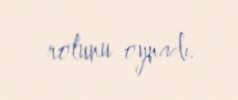
rolunu oynadı.